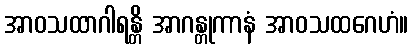
အာဝသထာဂါရန္တိ အာဂန္တုကာနံ အာဝသထဂေဟံ။